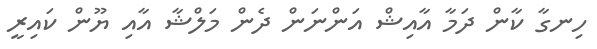
ހިނގާ ކާން ދަމާ އާއިޝް އަންނަން ދެން މަލްޝާ އާއި ޔޫން ކައިރީ